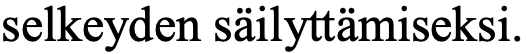
selkeyden säilyttämiseksi.